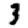
Digit: 3